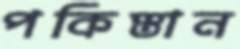
পকিস্তান